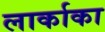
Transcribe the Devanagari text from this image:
लार्काका